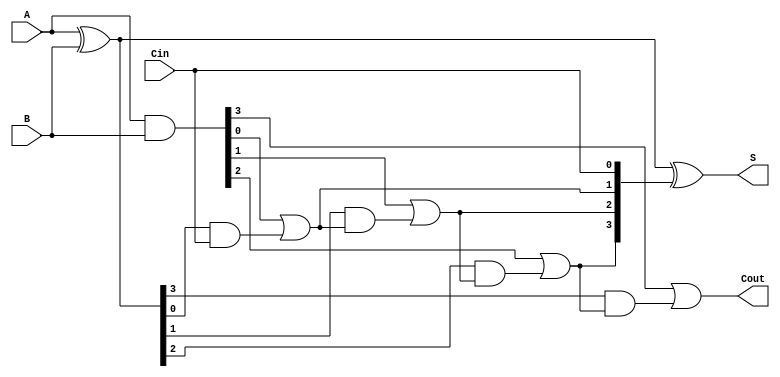
module LingAdder #(parameter n = 4) (
    input  [n-1:0] A,      // First n-bit binary number
    input  [n-1:0] B,      // Second n-bit binary number
    input         Cin,      // Carry-in
    output [n-1:0] S,      // n-bit sum output
    output        Cout      // Carry-out
);
    wire [n:0] C;          // Carry signals (C[0] = Cin, C[n] = Cout)
    wire [n-1:0] P;        // Propagate signals
    wire [n-1:0] G;        // Generate signals

    // Generate and propagate signals
    assign P = A ^ B;      // Propagate: P[i] = A[i] XOR B[i]
    assign G = A & B;      // Generate: G[i] = A[i] AND B[i]

    // Carry generation using carry lookahead logic
    assign C[0] = Cin;     // Initial carry input
    genvar i;
    generate
        for (i = 0; i < n; i = i + 1) begin : carry_gen
            assign C[i+1] = G[i] | (P[i] & C[i]);  // C[i+1] = G[i] OR (P[i] AND C[i])
        end
    endgenerate

    // Sum calculation
    assign S = P ^ C[n-1:0];  // S[i] = P[i] XOR C[i]

    // Final carry out
    assign Cout = C[n];       // Final carry out

endmodule